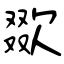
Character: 欼